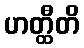
ဟတ္ထီတိ